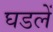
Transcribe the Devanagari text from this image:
घडलें